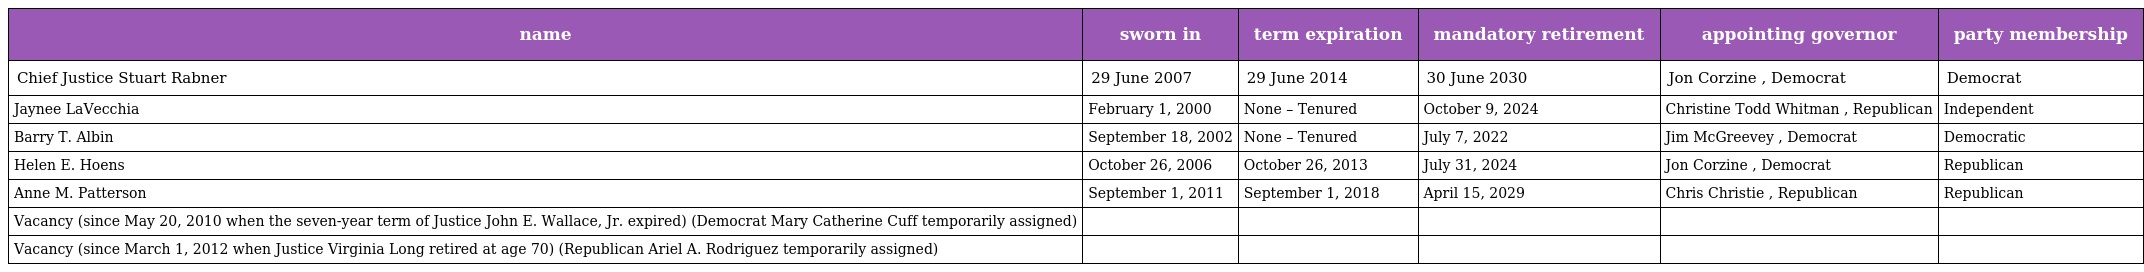
| name | sworn in | term expiration | mandatory retirement | appointing governor | party membership |
 | --- | --- | --- | --- | --- | --- |
 | Chief Justice Stuart Rabner | 29 June 2007 | 29 June 2014 | 30 June 2030 | Jon Corzine , Democrat | Democrat |
 | Jaynee LaVecchia | February 1, 2000 | None – Tenured | October 9, 2024 | Christine Todd Whitman , Republican | Independent |
 | Barry T. Albin | September 18, 2002 | None – Tenured | July 7, 2022 | Jim McGreevey , Democrat | Democratic |
 | Helen E. Hoens | October 26, 2006 | October 26, 2013 | July 31, 2024 | Jon Corzine , Democrat | Republican |
 | Anne M. Patterson | September 1, 2011 | September 1, 2018 | April 15, 2029 | Chris Christie , Republican | Republican |
 | Vacancy (since May 20, 2010 when the seven-year term of Justice John E. Wallace, Jr. expired) (Democrat Mary Catherine Cuff temporarily assigned) |  |  |  |  |  |
 | Vacancy (since March 1, 2012 when Justice Virginia Long retired at age 70) (Republican Ariel A. Rodriguez temporarily assigned) |  |  |  |  |  |